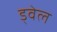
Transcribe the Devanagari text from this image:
ड्वेल